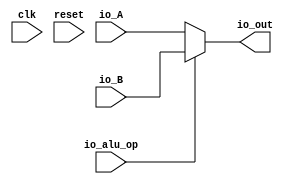
// Constrained under the assumption that io_alu_op is always equal to either COPY_A  or COPY_B
// (10 or 11, respectively, but trimmed to 0/1).
module top(
  input         clk,
  input         reset,
  input  [31:0] io_A,
  input  [31:0] io_B,
  input         io_alu_op,
  output [31:0] io_out
);
  wire is_copy_a = io_alu_op == 1'd0;
  assign io_out = is_copy_a ? io_A : io_B;
endmodule